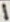
Text: 1